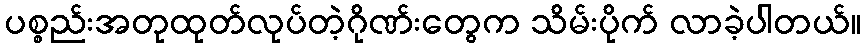
ပစ္စည်းအတုထုတ်လုပ်တဲ့ဂိုဏ်းတွေက သိမ်းပိုက် လာခဲ့ပါတယ်။